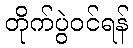
တိုက်ပွဲဝင်ရန်